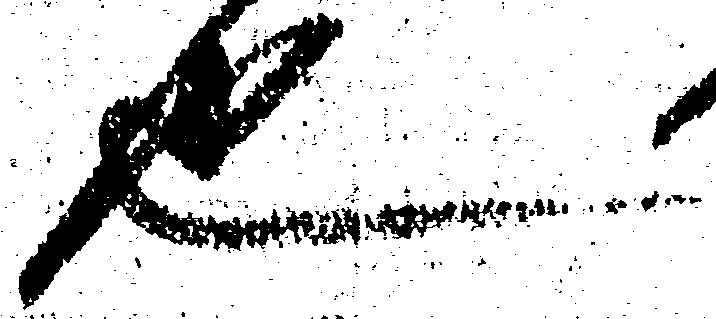
也